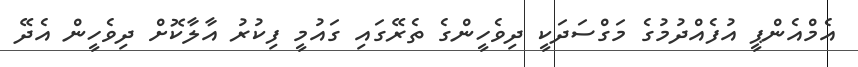
އެމްއެންޕީ އުފެއްދުމުގެ މަގްސަދަކީ ދިވެހީންގެ ތެރޭގައި ގައުމީ ފިކުރު އާލާކޮށް ދިވެހީން އެދޭ